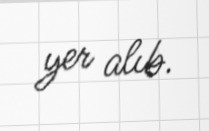
yer alıb.